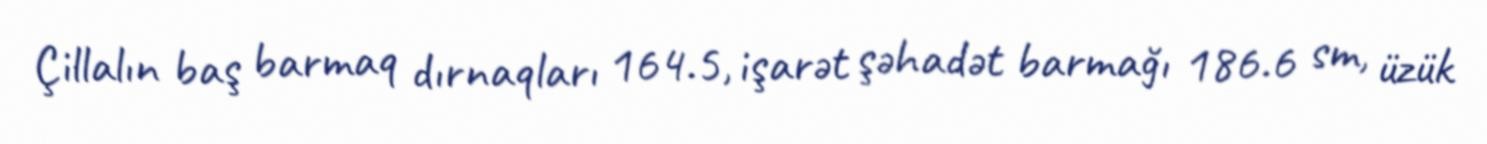
Çillalın baş barmaq dırnaqları 164.5, işarət şəhadət barmağı 186.6 sm, üzük